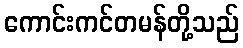
ကောင်းကင်တမန်တို့သည်